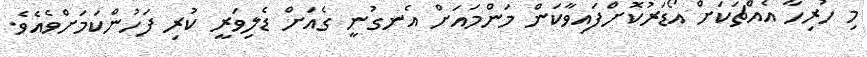
މި ހުރިހާ އެއްޗަކަށް އޯޑަރުކޮށްފައިވާކަން މަންމައަށް އެނގުނީ ގެއަށް ޑެލިވަރީ ކުރި ފަހުންކަމަށްވެއެވެ.